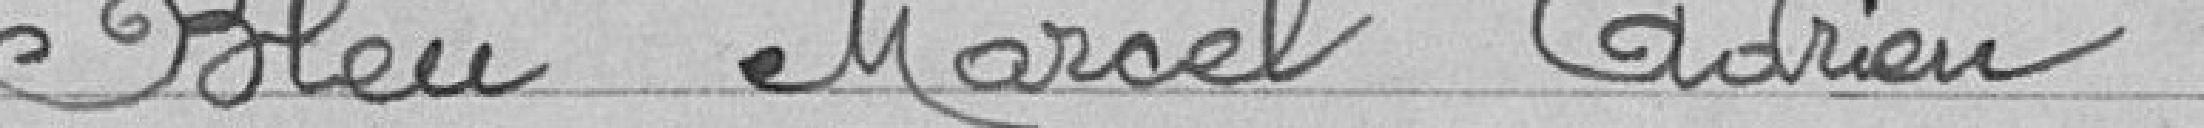
BLEU Marcel Adrien